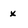
Character: x